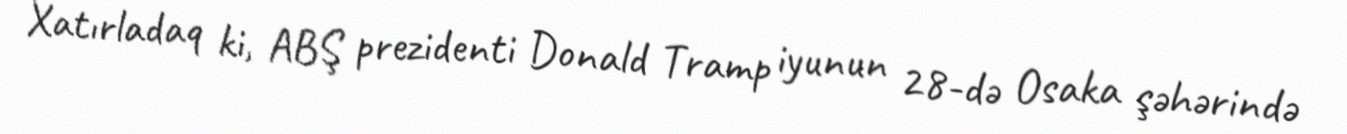
Xatırladaq ki, ABŞ prezidenti Donald Tramp iyunun 28-də Osaka şəhərində